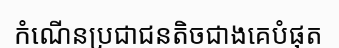
កំណើនប្រជាជនតិចជាងគេបំផុត